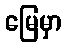
မြေမှာ